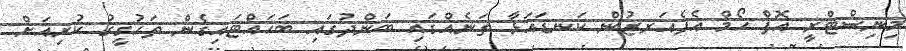
މިނިސްޓްރީ އޮފް ހޯމް އެފެއަރޒުން ކަނޑައަޅާ ތަނެއްގައި ބަންދުގައި ބަހައްޓައިގެން ތަހުޤީޤު ކުރިއަށް